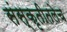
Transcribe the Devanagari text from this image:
संस्कृतीतलेच